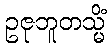
ဥဇုဘူတသ္မိံ